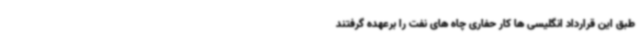
طبق این قرارداد انگلیسی ها کار حفاری چاه های نفت را برعهده گرفتند